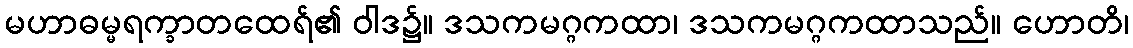
မဟာဓမ္မရက္ခာတထေရ်၏ ဝါဒ၌။ ဒသကမဂ္ဂကထာ၊ ဒသကမဂ္ဂကထာသည်။ ဟောတိ၊